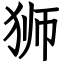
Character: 狮